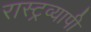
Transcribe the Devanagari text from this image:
रास्ट्रव्यापी